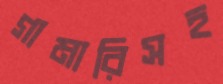
গামারিসহ